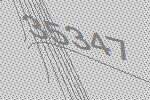
35347